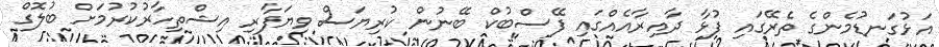
އަޅުގަނޑުމެންގެ ތެރޭގައި ފުޅާ ދާއިރާއެއްގައި ފޭސްބުކް ބޭނުން ކުރިޔަސް ވިޔަފާރި އިޝްތިހާރުކުރުމަށް ބުލޮގް